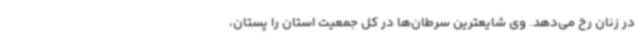
در زنان رخ می‌دهد. وی شایعترین سرطان‌ها در کل جمعیت استان را پستان،